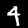
Digit: 4